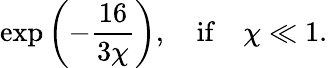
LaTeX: \exp\left(-\frac{16}{3\chi}\right),\quad\mathrm{if}\quad\chi\ll 1.